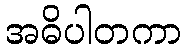
အဓိပါတကာ